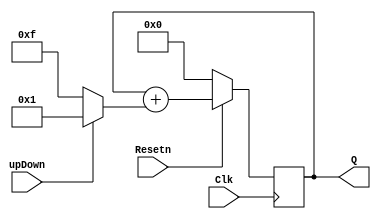
module countupdown(Clk,upDown,Resetn,Q);
parameter n = 4;
input Clk,upDown,Resetn;
output reg [n-1:0]Q;

always@(posedge Clk)
begin	
	if (!Resetn)
		Q <= 1'b0;
	else
		Q <= Q + (upDown ? 1 : -1); // 1 is positive 0 is negative
end

endmodule